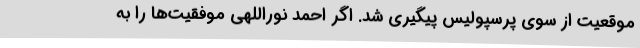
موقعیت از سوی پرسپولیس پیگیری شد. اگر احمد نوراللهی موفقیت‌ها را به